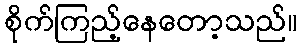
စိုက်ကြည့်နေတော့သည်။